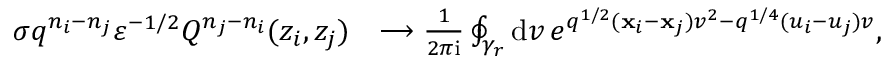
\begin{array} { r l } { \sigma q ^ { n _ { i } - n _ { j } } \varepsilon ^ { - 1 / 2 } Q ^ { n _ { j } - n _ { i } } ( z _ { i } , z _ { j } ) } & { \longrightarrow \frac { 1 } { 2 \pi \mathrm { i } } \oint _ { \gamma _ { r } } \mathrm { d } v \, e ^ { q ^ { 1 / 2 } ( \mathbf { x } _ { i } - \mathbf { x } _ { j } ) v ^ { 2 } - q ^ { 1 / 4 } ( u _ { i } - u _ { j } ) v } , } \end{array}